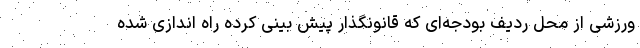
ورزشی از محل ردیف بودجه‌ای که قانونگذار پیش بینی کرده راه اندازی شده